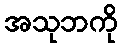
အသုဘကို